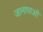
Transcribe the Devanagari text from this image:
जानापाओ